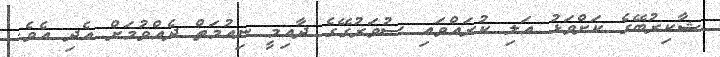
ޝާކިރުބޭގެ ކަށްވަޅު އަލި ކުރައްވައި ސުވަރުގޭގެ ދާއިމީ ނިއުމަތް ދެއްވުމަށް އެދި އެވެ.